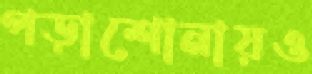
পড়াশোনায়ও